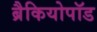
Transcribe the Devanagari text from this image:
ब्रैकियोपॉड